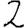
Digit: 2